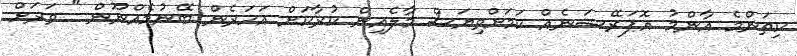
ކިތަންމެ އާންމު އޮޕަރޭޝަނެއް ކަމަށްވިޔަސް މާލެއިން ކުރާކަށް އަހަރެން ބޭނުމެއްނޫން " ވަރަށް